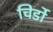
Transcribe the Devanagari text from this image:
चिर्डो